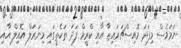
ނަމަވެސް މިފަދަ މޮއިސްޗަރައިޒާ އާއި ކްރީމް ފަދަ ތަކެތީގައި މިނަރަލް އޮއިލް އާއި